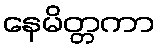
နေမိတ္တကာ